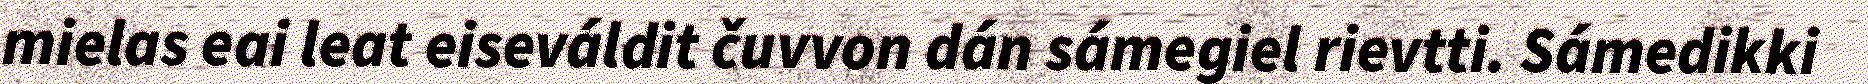
mielas eai leat eiseváldit čuvvon dán sámegiel rievtti. Sámedikki